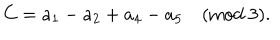
C = a _ { 1 } - a _ { 2 } + a _ { 4 } - a _ { 5 } \quad \mathrm { ( m o d \ 3 ) . }